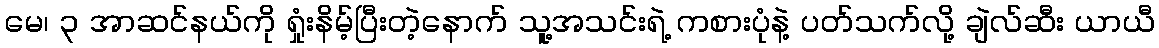
မေ၊ ၃ အာဆင်နယ်ကို ရှုံးနိမ့်ပြီးတဲ့နောက် သူ့အသင်းရဲ့ ကစားပုံနဲ့ ပတ်သက်လို့ ချဲလ်ဆီး ယာယီ